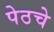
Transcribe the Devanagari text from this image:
पेठचे